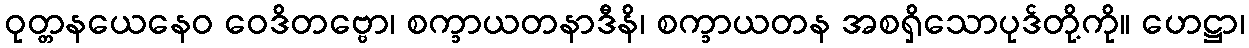
ဝုတ္တနယေနေဝ ဝေဒိတဗ္ဗော၊ စက္ခာယတနာဒီနိ၊ စက္ခာယတန အစရှိသောပုဒ်တို့ကို။ ဟေဋ္ဌာ၊